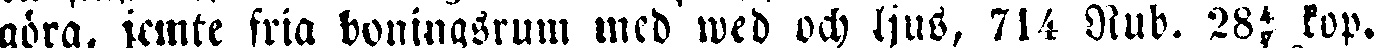
göra, jemte fria boningsrum med wed och ljus, 714 Rub. 28⅘ kop.